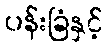
ပန်းခြံနှင့်